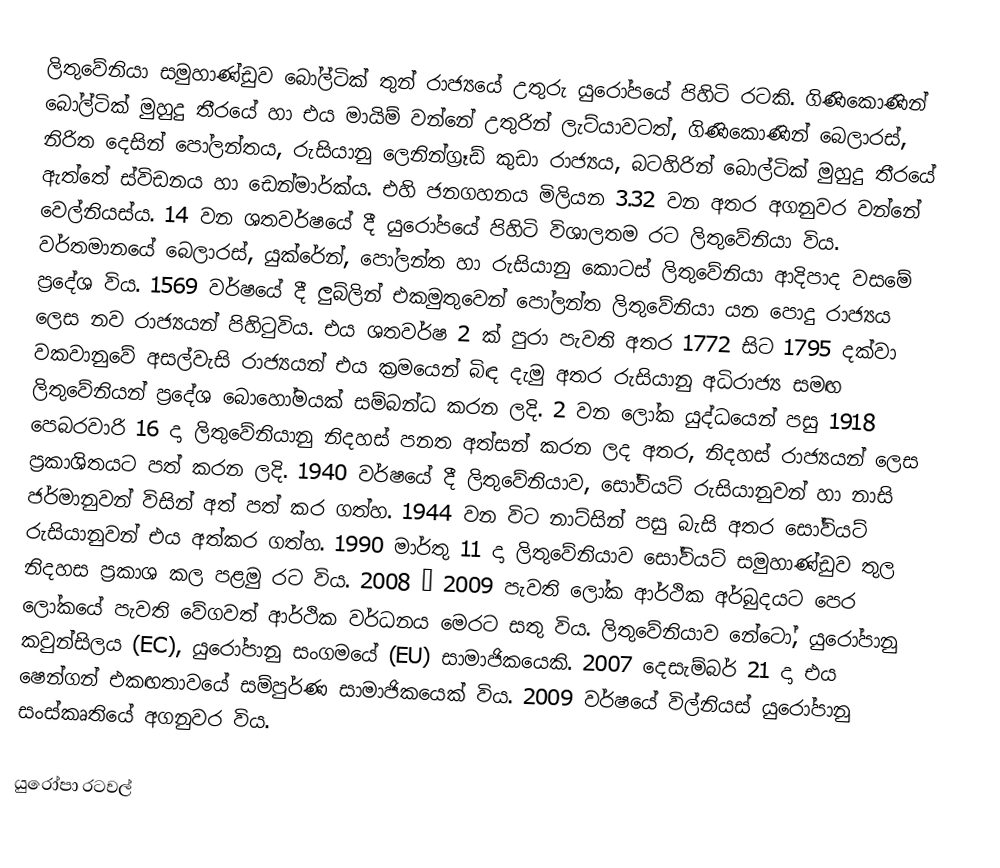
ලිතුවේනියා සමුහාණ්ඩුව බෝල්ටික් තුන් රාජ්‍යයේ උතුරු යුරෝපයේ පිහිටි රටකි. ගිණිකොණින් බෝල්ටික් මුහුදු තීරයේ හා එය මායිම් වන්නේ උතුරින් ලැට්යාවටත්, ගිණිකොණින් බෙලාරස්, නිරිත දෙසින් පෝලන්තය, රුසියානු ලෙනින්ග්‍රෑඩ් කුඩා රාජ්‍යය, බටහිරින් බොල්ටික් මුහුදු තීරයේ ඇත්තේ ස්විඩනය හා ඩෙන්මාර්ක්ය. එහි ජනගහනය මිලියන 3.32 වන අතර අගනුවර වන්නේ වෙල්නියස්ය. 14 වන ශතවර්ෂයේ දී යුරෝපයේ පිහිටි විශාලතම රට ලිතුවේනියා විය. වර්තමානයේ බෙලාරස්, යුක්රේන්, පෝලන්ත හා රුසියානු කොටස් ලිතුවේනියා ආදිපාද වසමේ ප්‍රදේශ විය. 1569 වර්ෂයේ දී ලුබ්ලින් එකමුතුවෙන් පෝලන්ත ලිතුවේනියා යන පොදු රාජ්‍යය ලෙස නව රාජ්‍යයන් පිහිටුවිය. එය ශතවර්ෂ 2 ක් පුරා පැවති අතර 1772 සිට 1795 දක්වා වකවානුවේ අසල්වැසි රාජ්‍යයන් එය ක්‍රමයෙන් බිඳ දැමු අතර රුසියානු අධිරාජ්‍ය සමඟ ලිතුවේනියන් ප්‍රදේශ බොහෝමයක් සම්බන්ධ කරන ලදි. 2 වන ලෝක යුද්ධයෙන් පසු 1918 පෙබරවාරි 16 දා ලිතුවේනියානු නිදහස් පනත අත්සන් කරන ලද අතර, නිදහස් රාජ්‍යයන් ලෙස ප්‍රකාශිතයට පත් කරන ලදි. 1940 වර්ෂයේ දී ලිතුවේනියාව, සෝවියට් රුසියානුවන් හා නාසි ජර්මානුවන් විසින් අත් පත් කර ගත්හ. 1944 වන විට නාට්සින් පසු බැසි අතර සෝවියට් රුසියානුවන් එය අත්කර ගත්හ. 1990 මාර්තු 11 දා  ලිතුවේනියාව සෝවියට් සමුහාණ්ඩුව තුල නිදහස ප්‍රකාශ කල පළමු රට විය. 2008 – 2009 පැවති ලෝක ආර්ථික අර්බුදයට  පෙර ලෝකයේ පැවති වේගවත් ආර්ථික වර්ධනය මෙරට සතු විය. ලිතුවේනියාව නේටෝ, යුරෝපානු කවුන්සිලය (EC), යු‍රෝපානු සංගමයේ (EU) සාමාජිකයෙකි. 2007 දෙසැම්බර් 21 දා එය ෂෙන්ගන් එකඟතාවයේ සම්පුර්ණ සාමාජිකයෙක් විය. 2009 වර්ෂයේ විල්නියස් යුරෝපානු සංස්කෘතියේ අගනුවර විය.

යුරෝපා රටවල්